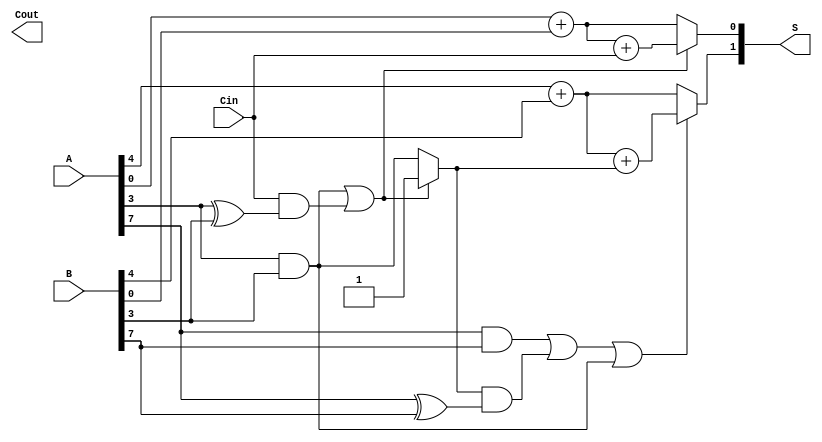
module ConditionalSumAdder #(
    parameter N = 8,  // Bit-width of the adder
    parameter BLOCK_SIZE = 4 // Number of bits per block
)(
    input [N-1:0] A,  // First input
    input [N-1:0] B,  // Second input
    input Cin,        // Input carry
    output [N-1:0] S, // Sum output
    output Cout       // Output carry
);

    localparam NUM_BLOCKS = N / BLOCK_SIZE;

    // Internal signals
    wire [N-1:0] S0 [0:NUM_BLOCKS-1]; // Sums without carry-in
    wire [N-1:0] S1 [0:NUM_BLOCKS-1]; // Sums with carry-in
    wire [N-1:0] C0 [0:NUM_BLOCKS-1]; // Carry out without carry-in
    wire [N-1:0] C1 [0:NUM_BLOCKS-1]; // Carry out with carry-in
    wire [NUM_BLOCKS-1:0] select; // Selection signals
    wire [NUM_BLOCKS-1:0] carry_in; // Carry in for each block

    // Initial carry_in for the first block
    assign carry_in[0] = Cin;

    genvar i, j;
    generate
        for (i = 0; i < NUM_BLOCKS; i = i + 1) begin: BLOCK
            for (j = 0; j < BLOCK_SIZE; j = j + 1) begin: BIT
                // Compute the sums and carries for each bit in the block
                assign S0[i][j] = A[i*BLOCK_SIZE + j] + B[i*BLOCK_SIZE + j];
                assign S1[i][j] = A[i*BLOCK_SIZE + j] + B[i*BLOCK_SIZE + j] + carry_in[i];

                // Compute carry-out with and without carry-in
                assign C0[i][j] = A[i*BLOCK_SIZE + j] & B[i*BLOCK_SIZE + j];
                assign C1[i][j] = (A[i*BLOCK_SIZE + j] & B[i*BLOCK_SIZE + j]) | (carry_in[i] & (A[i*BLOCK_SIZE + j] ^ B[i*BLOCK_SIZE + j]));
            end

            // Determine carry-in for the next block
            if (i == 0) begin
                assign select[i] = C1[i][BLOCK_SIZE-1]; // First block select
            end else begin
                assign select[i] = C1[i][BLOCK_SIZE-1] || C0[i-1][BLOCK_SIZE-1];
            end
            
            assign carry_in[i + 1] = select[i] ? 1'b1 : (C0[i][BLOCK_SIZE-1]);

            // Select sums based on the carry generation
            assign S[i] = select[i] ? S1[i] : S0[i];
        end
    endgenerate

    // Final carry output
    assign Cout = carry_in[NUM_BLOCKS];

endmodule